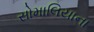
સોમાલિયાના